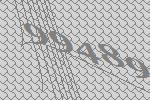
99489